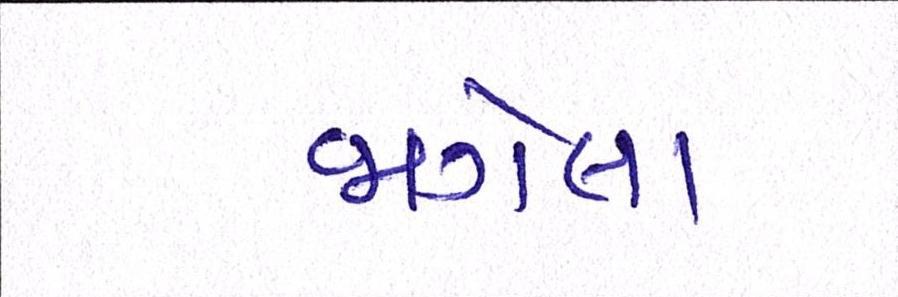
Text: જાગેલા